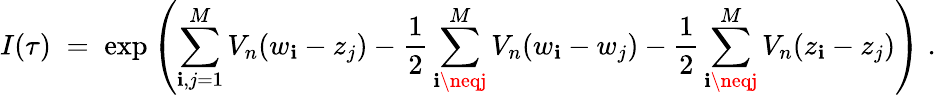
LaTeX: I(\tau)\; =\; \exp\left(\sum_{\mathbf{i},j=1}^{M}V_{n}(w_{\mathbf{i}}-z_{j})-\frac{{1}}{{2}}\sum_{\mathbf{i}\neqj}^{M}V_{n}(w_{\mathbf{i}}-w_{j})-\frac{{1}}{{2}}\sum_{\mathbf{i}\neqj}^{M}V_{n}(z_{\mathbf{i}}-z_{j})\right)\; .